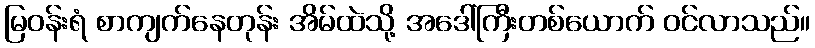
မြဝန်းရံ စာကျက်နေတုန်း အိမ်ထဲသို့ အဒေါ်ကြီးတစ်ယောက် ဝင်လာသည်။